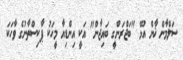
ސަލްމާން ޚާން އުޅޭ "ބަޖްރަންގީ ބައިޖާން" އަކީ އިންޑިއާ މީހަކު ޕާކިސްތާނުގެ ވާހަކަ